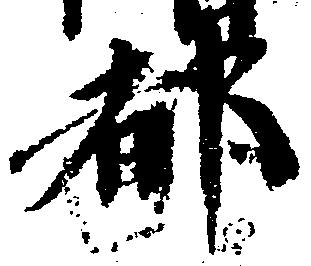
都